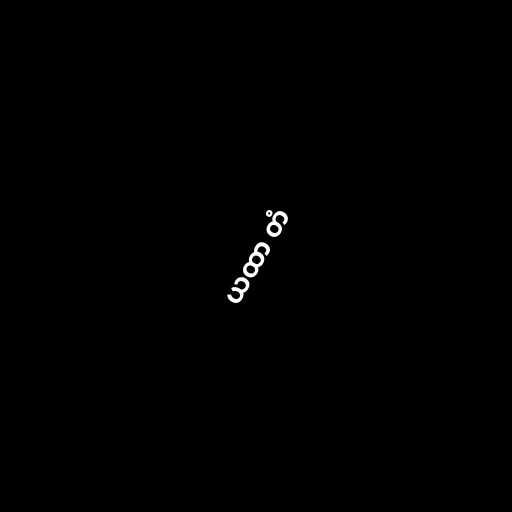
ယထာ တံ